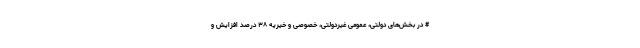
# در بخش‌های دولتی، عمومی غیردولتی، خصوصی و خیریه ۳۸ درصد افزایش و